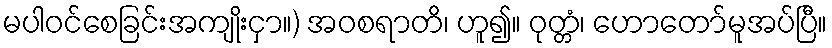
မပါဝင်စေခြင်းအကျိုးငှာ။) အဝစရာတိ၊ ဟူ၍။ ဝုတ္တံ၊ ဟောတော်မူအပ်ပြီ။